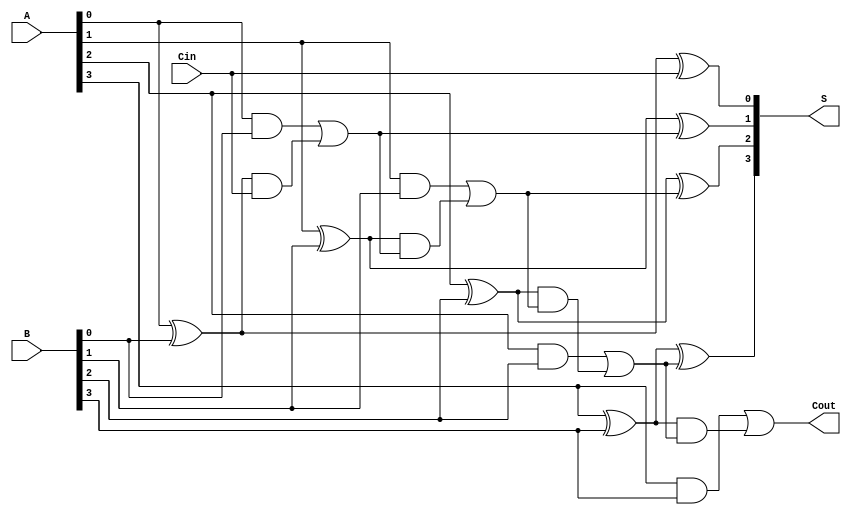
module CarryInLookaheadAdder #(
    parameter n = 4  // Change this parameter to support different widths (e.g., 4, 8, 16)
)(
    input [n-1:0] A,  // n-bit operand A
    input [n-1:0] B,  // n-bit operand B
    input Cin,        // Carry input
    output [n-1:0] S, // n-bit sum output
    output Cout       // Carry out
);

    wire [n-1:0] G;  // Generate signals
    wire [n-1:0] P;  // Propagate signals
    wire [n:0] C;    // Carry signals

    assign C[0] = Cin;  // Initial carry input

    // Generate and Propagate Logic
    genvar i;
    generate
        for (i = 0; i < n; i = i + 1) begin : g_p_logic
            assign G[i] = A[i] & B[i];  // Generate
            assign P[i] = A[i] ^ B[i];  // Propagate
        end
    endgenerate

    // Carry Lookahead Logic
    generate
        for (i = 1; i <= n; i = i + 1) begin : carry_logic
            assign C[i] = G[i-1] | (P[i-1] & C[i-1]);  // Carry generation
        end
    endgenerate

    // Sum Calculation
    generate
        for (i = 0; i < n; i = i + 1) begin : sum_logic
            assign S[i] = P[i] ^ C[i];  // Sum calculation
        end
    endgenerate

    // Final Carry Out
    assign Cout = G[n-1] | (P[n-1] & C[n-1]);

endmodule